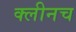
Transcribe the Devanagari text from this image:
क्लीनच